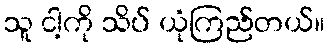
သူ ငါ့ကို သိပ် ယုံကြည်တယ်။